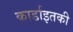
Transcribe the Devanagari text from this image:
कार्डाइतकी